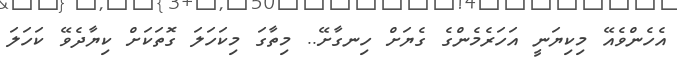
އެހެންވެއޭ މިކިޔަނީ އަހަރެމެންގެ ގެޔަށް ހިނގާށޭ.. މިތާގަ މިކަހަލަ ގޮތަކަށް ކިޔާދެވޭ ކަހަލަ